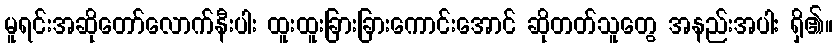
မူရင်းအဆိုတော်လောက်နီးပါး ထူးထူးခြားခြားကောင်းအောင် ဆိုတတ်သူတွေ အနည်းအပါး ရှိ၏။